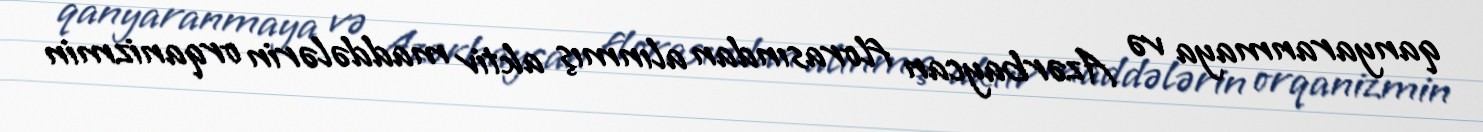
qanyaranmaya və Azərbaycan florasından alınmış aktiv maddələrin orqanizmin